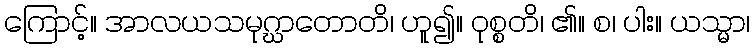
ကြောင့်။ အာလယသမုဂ္ဃာတောတိ၊ ဟူ၍။ ဝုစ္စတိ၊ ၏။ စ၊ ပါး။ ယသ္မာ၊